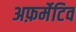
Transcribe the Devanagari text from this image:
अफ़र्मेटिव